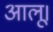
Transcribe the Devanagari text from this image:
आलू।